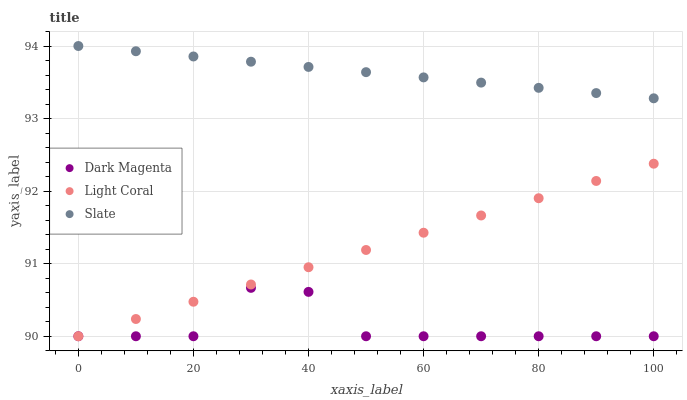
| xaxis_label | Dark Magenta | Light Coral | Slate |
 | --- | --- | --- | --- |
 | 0 | 90 | 90 | 94 |
 | 10 | 90 | 90.2 | 93.9 |
 | 20 | 90 | 90.5 | 93.9 |
 | 30 | 90.7 | 90.7 | 93.8 |
 | 40 | 90.6 | 91 | 93.7 |
 | 50 | 90 | 91.2 | 93.6 |
 | 60 | 90 | 91.4 | 93.6 |
 | 70 | 90 | 91.7 | 93.5 |
 | 80 | 90 | 91.9 | 93.4 |
 | 90 | 90 | 92.1 | 93.4 |
 | 100 | 90 | 92.4 | 93.3 |